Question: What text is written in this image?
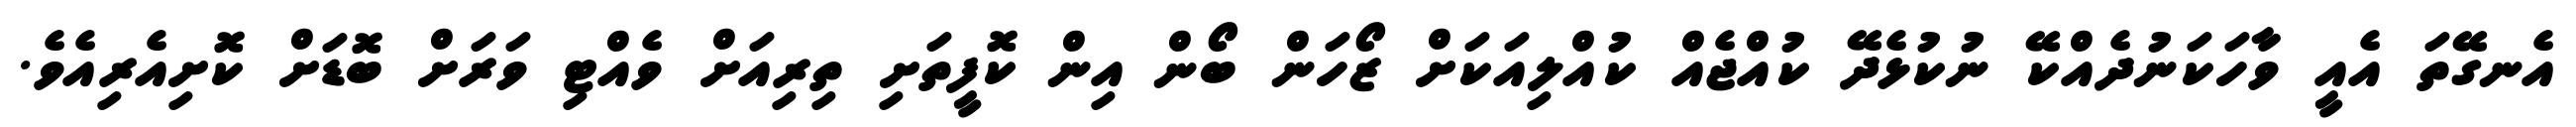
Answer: އެނގޭތަ އެއީ ވާހަކަނުދެއްކޭ ނުކުޅެދޭ ކުއްޖެއް ކުއްލިއަކަށް ޒޯހަން ބޯން އިން ކޮފީތަށި ތިރިއަށް ވެއްޓި ވަރަށް ބޮޑަށް ކޮށިއެރިއެވެ.